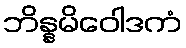
ဘိန္နမိဝေါဒကံ